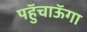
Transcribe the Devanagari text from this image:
पहुॅचाऊॅगा